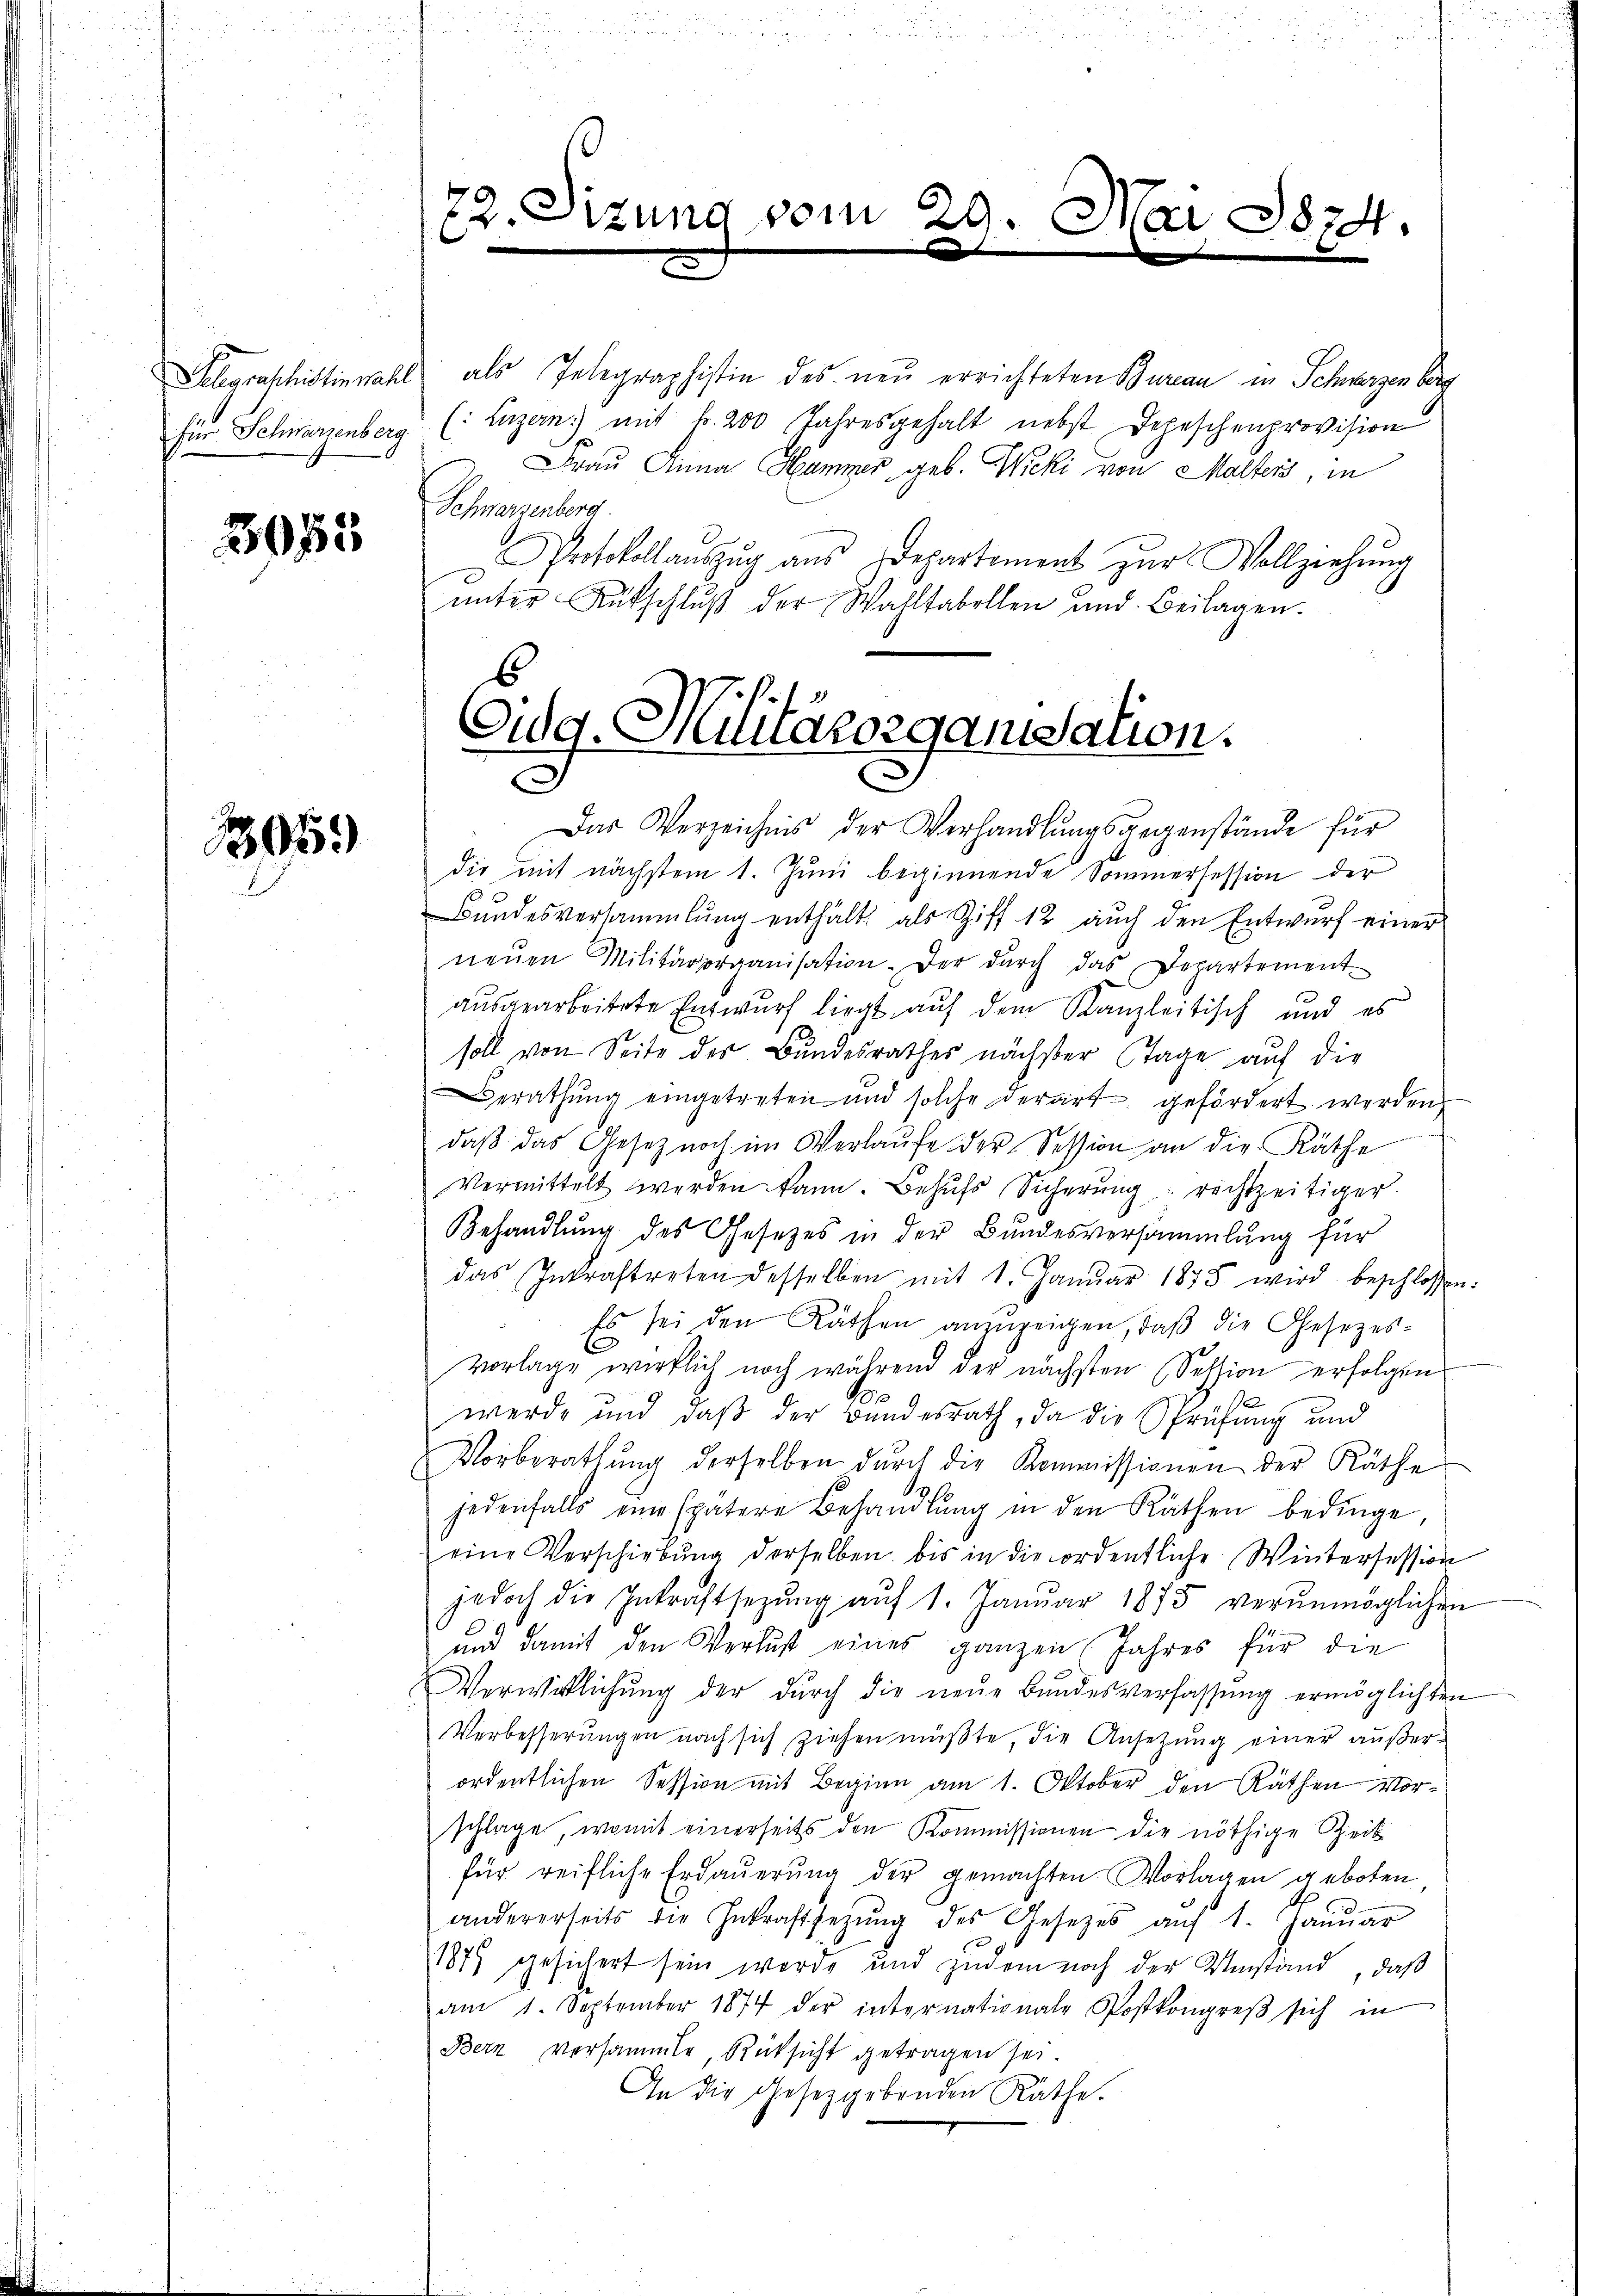
Gelegraschistin nach

3953

1305)

als Telegraphistin des neu errichteten Bureau in Schwerzen berg
für Schwarzenberg (: Luzern) mit k. 200 Jahresgehalt nebst Depeschenprovision
Frau Anna Hammer geb. Wiecki von Malters, in
Schwerzenberg.
Protokollauszug aus Departement zur Vollziehung
ŭnter Rütschlŭβ der Wahltabellen und Beilagen.

72. Sizung vom 29. Mai 1874.

Cug. Militärorganisation.
S

Das Verzeichnis der Verhandlungsgegenstände für
die mit nächstem 1. Juni beginnende Sommersession der
Bundesversammlung enthält als Ziff 12 auch den Entwurf einer
neŭen Militärorganisation. Der dŭrch das Departement
ausgearbeitete Entwurf liegt, auf dem Kanzleitisch und es
soll von Seite des Bundesrathes nächster Tage auf die
Berathŭng eingetreten und solche derart gefördert werden
daβ das Gesetz noch im Verlaŭfe der Session an die Räthe
vermittelt werden kann. Behŭfs Sicherŭng richtzeitiger
Behandlung des Gesetzes in der Bundesversammlung für
das Inkraftreten desselben mit 1. Janŭar 1875 wird beschlossen:
Es sei den Räthen anzuzeigen, daß die Gesezesvorlage wirklich noch während der nächsten Session erfolgen
werde und daß der Bundesrath, da die Sprüfung und
Vorberathŭng derselben dŭrch die Kommissionen der Räthe
jedenfalls eine spätere Behandlŭng in den Räthen bedinge,
eine Verschiebŭng derselben bis in die ordentliche Winterfession
jedoch die Inkraftsetzŭng aŭf 1. Janŭar 1875 verŭnmöglichen
und damit den Verlust eines ganzen Jahres für die
Verwirklichŭng der dŭrch die neŭe Bŭndesverfassŭng ermöglichten
Verbesserŭngen nach sich ziehen müβte, die Ansetzung einer außerordentlichen Session mit Beginn am 1. Oktober den Räthen Vorschlage, womit einerseits den Kommissionen der nöthige Zeit
für reifliche Erdaŭerŭng der gemachten Vorlagen geboten,
andererseits die Inkraftsetzŭng des Gesetzes aŭf 1. Janŭar
1879 gesichert sein werde und zudem noch der Umstand, daß
am 1. September 1874 der internationale Postkongreß sich in
Bern versammte Rücksicht getragen sei.
In die Gesetzgebenden Räthe.